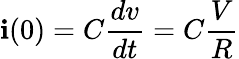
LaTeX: \mathbf{i}(0)=C\frac{{dv}}{{dt}}=C\frac{{V}}{{R}}